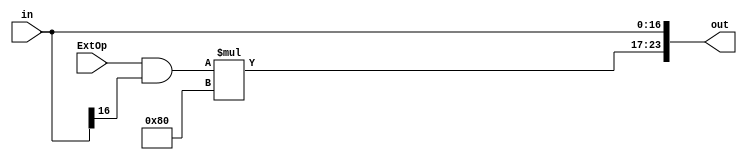
module SignExtend#(parameter bits = 17)(
    input [bits-1:0] in,
    input ExtOp,
    output reg [23:0] out
);
    always @(*) begin
        out[bits-1:0] <= in[bits-1:0];
        out[23:bits] <= (ExtOp&in[bits-1])*(2**(24-bits));
    end
endmodule